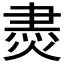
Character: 𱫮